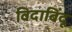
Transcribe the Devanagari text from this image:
विदाबिंदू